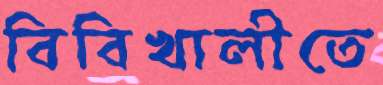
বিবিখালীতে